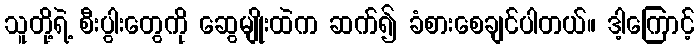
သူတို့ရဲ့ စီးပွါးတွေကို ဆွေမျိုးထဲက ဆက်၍ ခံစားစေချင်ပါတယ်။ ဒါ့ကြောင့်